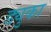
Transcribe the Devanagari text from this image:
ड्युका